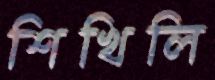
শিখিলি